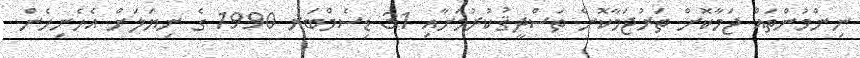
ނިންމުންތައް ޖަމާކޮށް ތަރުޖަމާކޮށް ތަސްދީޤުކުރުމަށާއި 31 ޑިސެމްބަރ 1990 ގެ ނިޔަލަށް އެހެނިހެން